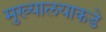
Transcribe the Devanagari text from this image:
मुख्यालयाकडे